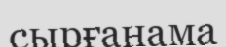
сырғанама